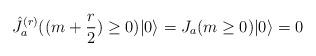
LaTeX: \begin{align*}\hat{J}_a^{(r)}((m+\frac{r}{2})\geq0)|0\rangle=J_a(m\geq0)|0\rangle=0\end{align*}